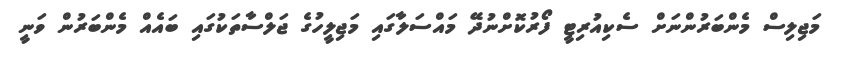
މަޖިލިސް މެންބަރުންނަށް ސެކިއުރިޓީ ފޯރުކޮށްނުދޭ މައްސަލާގައި މަޖިލީހުގެ ޖަލްސާތަކުގައި ބައެއް މެންބަރުން ވަނީ